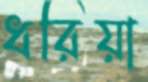
ধরিয়া